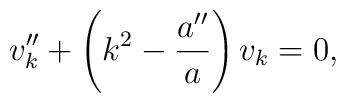
v_k''+\left(k^2-\frac{a''}{a}\right) v_k=0,